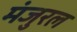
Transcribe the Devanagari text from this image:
मंजुरल